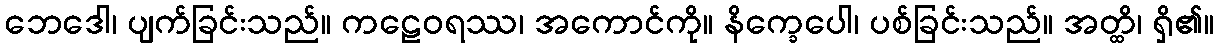
ဘေဒေါ၊ ပျက်ခြင်းသည်။ ကဠေဝရဿ၊ အကောင်ကို။ နိက္ခေပေါ၊ ပစ်ခြင်းသည်။ အတ္ထိ၊ ရှိ၏။